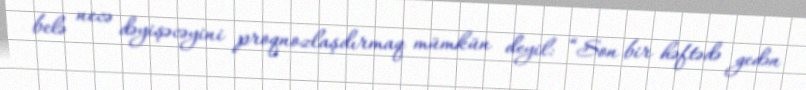
belə necə dəyişəcəyini proqnozlaşdırmaq mümkün deyil: “Son bir həftədə gedən